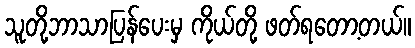
သူတို့ဘာသာပြန်ပေးမှ ကိုယ်တို့ ဖတ်ရတော့တယ်။